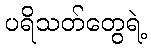
ပရိသတ်တွေရဲ့